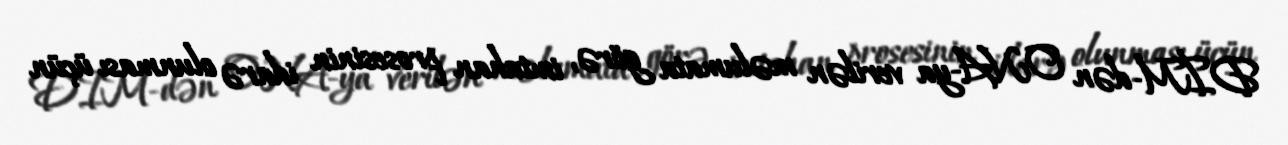
DİM-dən ONA-ya verilən məlumata görə, imtahan prosesinin idarə olunması üçün